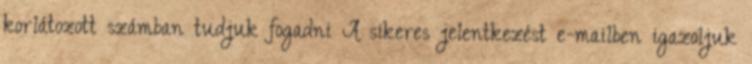
korlátozott számban tudjuk fogadni A sikeres jelentkezést e-mailben igazoljuk